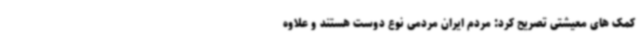
کمک های معیشتی تصریح کرد: مردم ایران مردمی نوع دوست هستند و علاوه